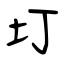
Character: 圢